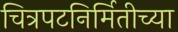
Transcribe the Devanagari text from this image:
चित्रपटनिर्मितीच्या